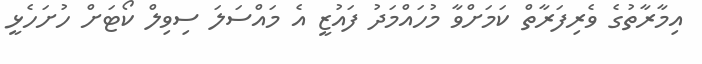
އިމާރާތުގެ ވެރިފަރާތް ކަމަށްވާ މުހައްމަދު ފައުޒީ އެ މައްސަލަ ސިވިލް ކޯޓަށް ހުށަހެޅީ